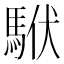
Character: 𩢰